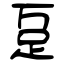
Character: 趸